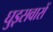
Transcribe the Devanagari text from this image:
घुड़़सवारों